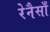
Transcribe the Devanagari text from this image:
रेनैसाँ